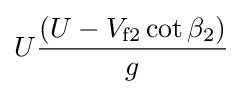
U{\frac {(U-V_{\rm {f2}}\cot \beta _{\rm {2}})}{g}}